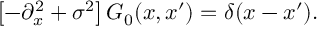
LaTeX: \left[ - \partial _ { x } ^ { 2 } + \sigma ^ { 2 } \right] { \cal G } _ { 0 } ( x , x ^ { \prime } ) = \delta ( x - x ^ { \prime } ) .